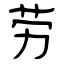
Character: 劳